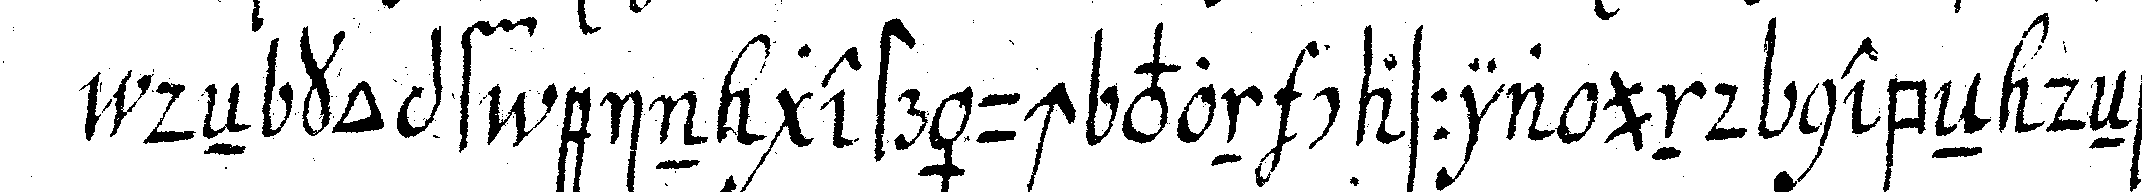
deN kopf ein gesträuch von cassia und nebeN deNsel